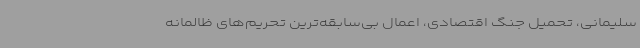
سلیمانی، تحمیل جنگ اقتصادی، اعمال بی‌سابقه‌ترین تحریم‌های ظالمانه